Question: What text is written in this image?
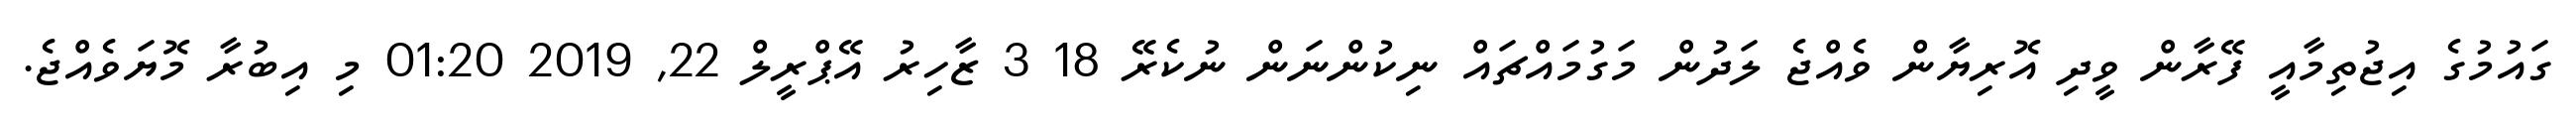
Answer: ގައުމުގެ އިޖުތިމާއީ ފޭރާން ވީދި އޮރިޔާން ވެއްޖެ ލަދުން މަގުމައްޗައް ނިކުންނަން ނުކެރޭ 18 3 ޒާހިރު އޭޕްރީލް 22, 2019 01:20 މި އިބުރާ މޮޔަވެއްޖެ.